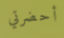
أحضرتي